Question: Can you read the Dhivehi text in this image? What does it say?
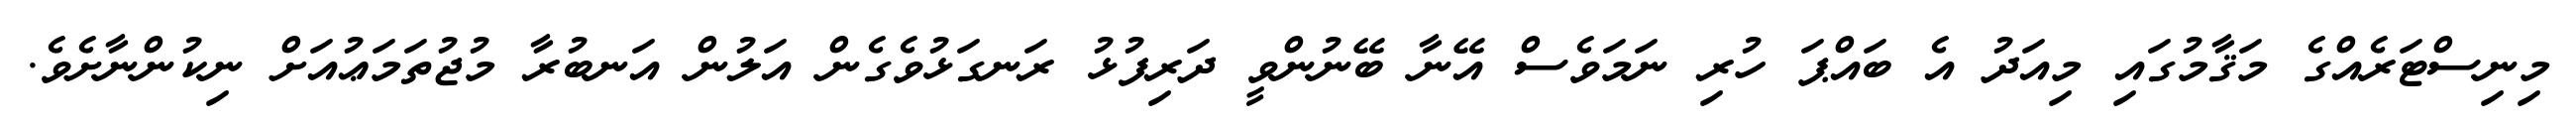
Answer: މިނިސްޓަރެއްގެ މަޤާމުގައި މިއަދު އެ ބައްޕަ ހުރި ނަމަވެސް އޭނާ ބޭނުންވީ ދަރިފުޅު ރަނގަޅުވެގެން އަލުން އަނބުރާ މުޖުތަމަޢުއަށް ނިކުންނާށެވެ.